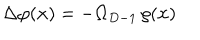
LaTeX: \Delta \varphi ( { \bf x } ) = - \Omega _ { D - 1 } \, \rho ( { \bf x } )